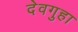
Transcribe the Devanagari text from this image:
देवगुहा